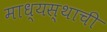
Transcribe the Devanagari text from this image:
माध्यस्थाची